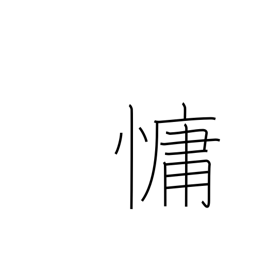
Meaning: languid